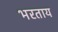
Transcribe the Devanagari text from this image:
भरताय